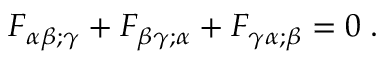
F _ { \alpha \beta ; \gamma } + F _ { \beta \gamma ; \alpha } + F _ { \gamma \alpha ; \beta } = 0 \; .